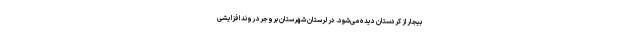
بیجار از کردستان دیده می‌شود. در لرستان شهرستان بروجرد روند افزایشی